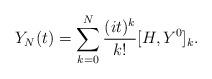
LaTeX: \begin{align*} Y_N(t) = \sum_{k =0}^N \frac{(it)^k}{k!} [H, Y^0]_k. \end{align*}